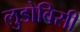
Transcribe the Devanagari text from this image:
लुडोविसी